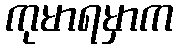
ကုမာရမှာက